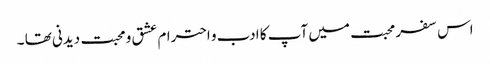
اس سفر محبت میں آپ کا ادب و احترام عشق و محبت دیدنی تھا ۔